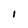
Character: I